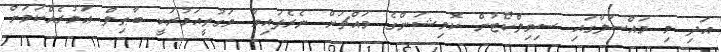
އަދި މި މައްސަލާގައި ސިވިލްކޯޓުން ކޮމިޝަންގެ މައްޗަށް ނެރެފައިވާ ވަގުތީއަމުރަކީ ބާޠިލް ޢަމުރެއްކަމަށް